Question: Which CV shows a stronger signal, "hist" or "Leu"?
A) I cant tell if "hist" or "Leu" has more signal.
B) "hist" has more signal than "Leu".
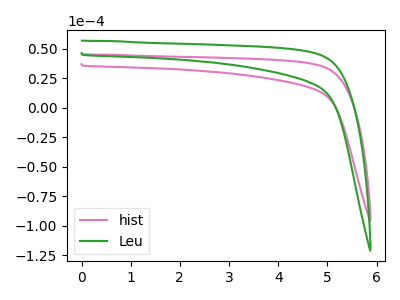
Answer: <think>The pink curve "hist" has no peaks. The green curve "Leu" has no peaks.
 Neither "hist" or "Leu" have any peaks.</think>
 <answer>A) I cant tell if "hist" or "Leu" has more signal.</answer>
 <eval>A</eval>